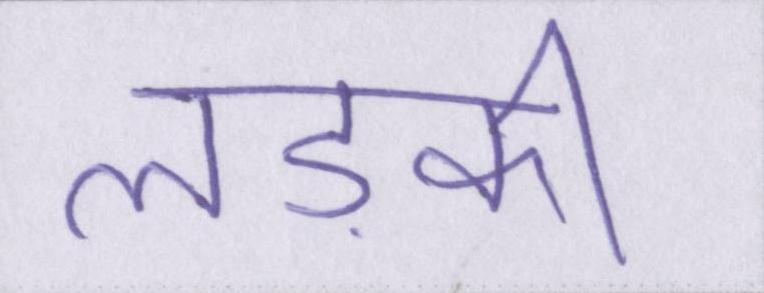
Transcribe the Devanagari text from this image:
लड़की